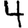
Digit: 4